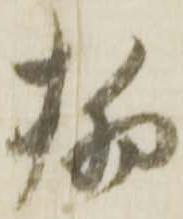
柳